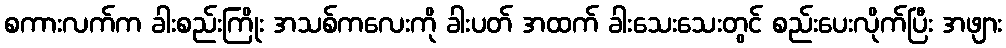
စကားလက်က ခါးစည်းကြိုး အသစ်ကလေးကို ခါးပတ် အထက် ခါးသေးသေးတွင် စည်းပေးလိုက်ပြီး အဖျား